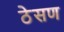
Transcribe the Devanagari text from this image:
ठेसण